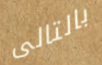
بالتالى